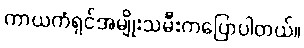
ကာယကံရှင်အမျိုးသမီးကပြောပါတယ်။